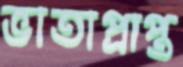
ভাতাপ্রাপ্ত